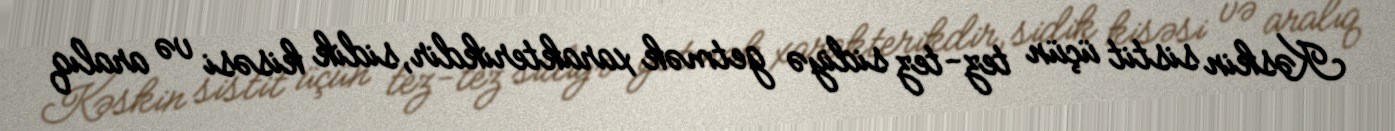
Kəskin sistit üçün tez-tez sidiyə getmək xarakterikdir, sidik kisəsi və aralıq